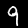
Digit: 9